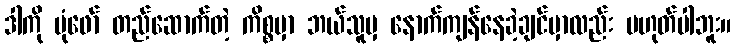
ဒါကို ပုံဖော် တည်ဆောက်တဲ့ ကိစ္စမှာ ဘယ်သူမှ နောက်ကျန်နေခဲ့ချင်မှာလည်း မဟုတ်ပါဘူး။